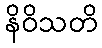
နိဝိသတိ